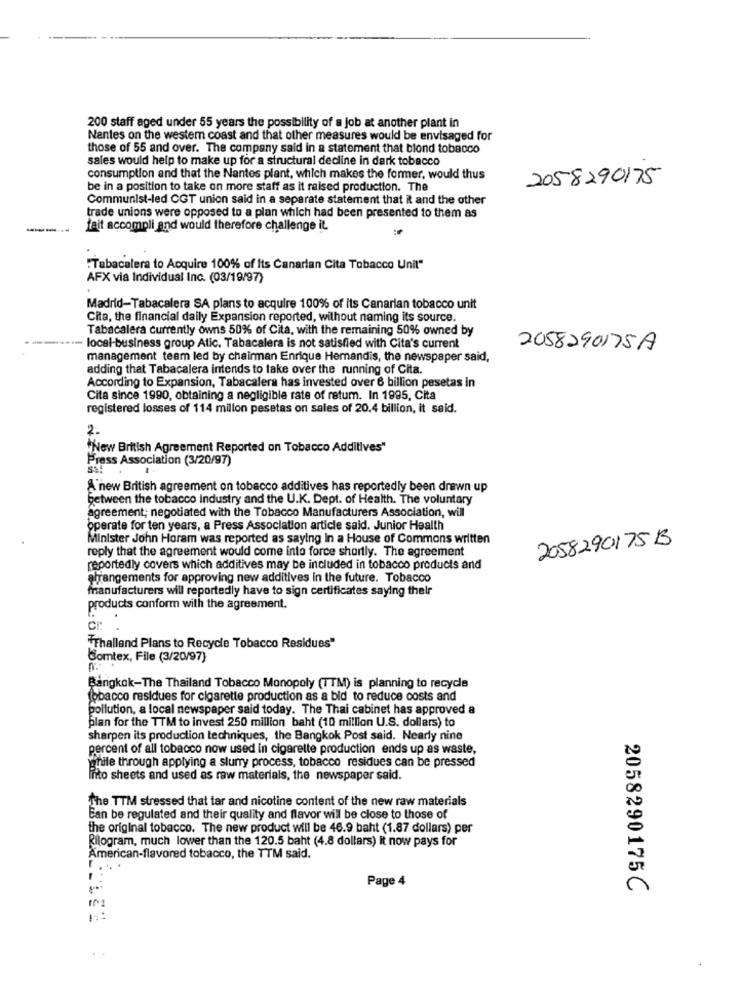
200 staff aged under 55 years the possibility of a job at another plant in
Nantes on the westem coast and that other measures would be envisaged for
those of 55 and over. The company said in a statement that blond tobacco
sales would help to make up for a structural decline in dark tobacco
consumption and that the Nantes plant, which makes the former, would thus
2058290175
be in a position to take on more staff as it raised production. The
Communist-led CGT union said in a separate statement that it and the other
trade unions were opposed to a plan which had been presented to them as
-----
fait accompli and would therefore challenge it
"Tabacalera to Acquire 100% of its Canarian Cita Tobacco Unit"
AFX via Individual Inc. (03/19/97)
Madrid-Tabacalera SA plans to acquire 100% of its Canarian tobacco unit
Cita, the financial daily Expansion reported, without naming its source.
Tabacalera currently owns 50% of Cita, with the remaining 50% owned by
****- local-business group Atic. Tabacalera is not satisfied with Cita's current
2058290175A
management team led by chairman Enrique Hemandis, the newspaper said,
adding that Tabacalera intends to take over the running of Cita.
According to Expansion, Tabacalera has invested over 6 billion pesetas in
Cita since 1990, obtaining a negligible rate of retum. In 1995, Cita
registered losses of 114 millon pesetas on sales of 20.4 billion, it said.
2.
"New British Agreement Reported on Tobacco Additives"
Press Association (3/20/97)
SS!
A new British agreement on tobacco additives has reportedly been drawn up
between the tobacco industry and the U.K. Dept. of Health. The voluntary
agreement; negotiated with the Tobacco Manufacturers Association, will
operate for ten years, a Press Association article said. Junior Health
Minister John Horam was reported as saying In a House of Commons written
2058290175 B
reply that the agreement would come into force shortly. The agreement
reportedly covers which additives may be included in tobacco products and
arrangements for approving new additives in the future. Tobacco
manufacturers will reportedly have to sign certificates saying their
products conform with the agreement.
TThalland Plans to Recycle Tobacco Residues"
Comtex, File (3/20/97)
Bangkok-The Thailand Tobacco Monopoly (TTM) is planning to recycle
tobacco residues for cigarette production as a bid to reduce costs and
pollution, a local newspaper said today. The Thai cabinet has approved a
plan for the TTM to invest 250 million baht (10 million U.S. dollars) to
sharpen its production techniques, the Bangkok Post said. Nearly nine
percent of all tobacco now used in cigarette production ends up as waste,
gituile through applying a slurry process, tobacco residues can be pressed
Into sheets and used as raw materials, the newspaper said.
The TTM stressed that tar and nicotine content of the new raw materials
Can be regulated and their quality and flavor will be close to those of
the original tobacco. The new product will be 46.9 baht (1.87 dollars) per
Rilogram, much lower than the 120.5 baht (4.8 dollars) it now pays for
American-flavored tobacco, the TTM said.
Page 4
2058290175 C